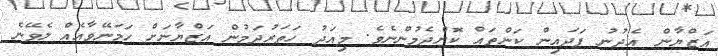
އަޒްޔާން އެދުނު ފަދައިން ކަންތައް ކޮށްދެމުންނެވެ. މިއަދު ހަތަރުދަމުން އަޒްޔާނަށް ހަމަނޭވާއެއް ލެވޭނެ